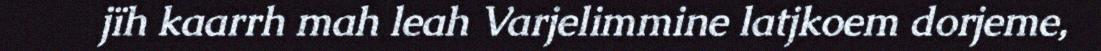
jïh kaarrh mah leah Varjelimmine latjkoem dorjeme,